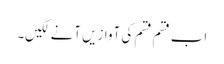
اب قسم قسم کی آوازیں آنے لگیں۔